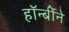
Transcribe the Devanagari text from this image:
हॉर्न्बीने